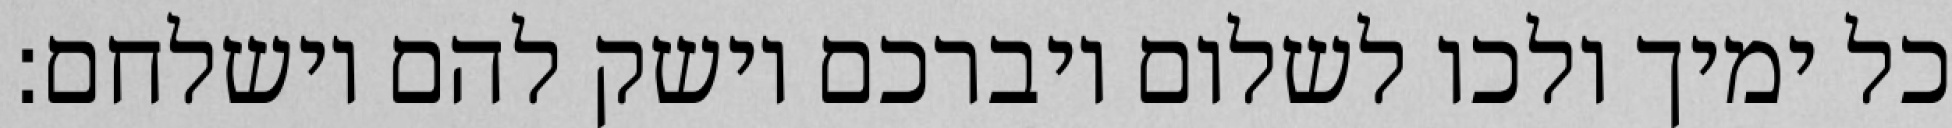
כל ימיך ולכו לשלום ויברכם וישק להם וישלחם: